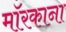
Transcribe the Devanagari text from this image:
मॉरकाना